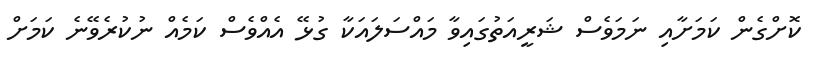
ކޮށްގެން ކަމަށާއި ނަމަވެސް ޝަރީއަތުގައިވާ މައްސަލައަކާ ގުޅޭ އެއްވެސް ކަމެއް ނުކުރެވޭނެ ކަމަށް